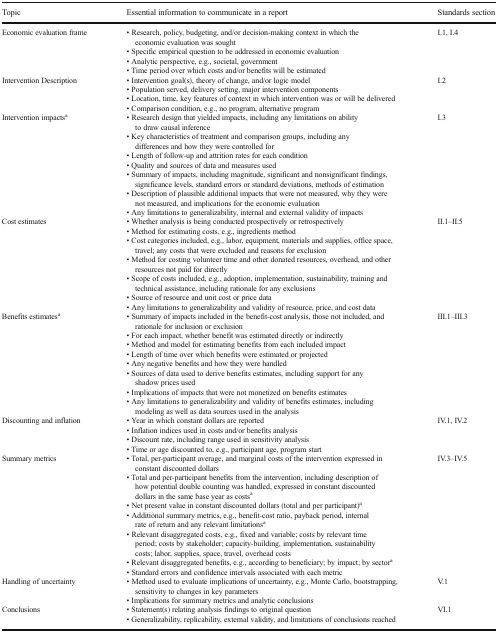
<table><thead><tr><td><b>Topic</b></td><td><b>Essential information to communicate in a report</b></td><td><b>Standards section</b></td></tr></thead><tbody><tr><td>Economic evaluation frame</td><td>• Research, policy, budgeting, and/or decision-making context in which the economic evaluation was sought• Specific empirical question to be addressed in economic evaluation• Analytic perspective, e.g., societal, government• Time period over which costs and/or benefits will be estimated</td><td>I.1, I.4</td></tr><tr><td>Intervention Description</td><td>• Intervention goal(s), theory of change, and/or logic model• Population served, delivery setting, major intervention components• Location, time, key features of context in which intervention was or will be delivered• Comparison condition, e.g., no program, alternative program</td><td>I.2</td></tr><tr><td>Intervention impacts<sup>a</sup></td><td>• Research design that yielded impacts, including any limitations on ability to draw causal inference• Key characteristics of treatment and comparison groups, including any differences and how they were controlled for• Length of follow-up and attrition rates for each condition• Quality and sources of data and measures used• Summary of impacts, including magnitude, significant and nonsignificant findings, significance levels, standard errors or standard deviations, methods of estimation• Description of plausible additional impacts that were not measured, why they were not measured, and implications for the economic evaluation• Any limitations to generalizability, internal and external validity of impacts</td><td>I.3</td></tr><tr><td>Cost estimates</td><td>• Whether analysis is being conducted prospectively or retrospectively• Method for estimating costs, e.g., ingredients method• Cost categories included, e.g., labor, equipment, materials and supplies, office space, travel; any costs that were excluded and reasons for exclusion• Method for costing volunteer time and other donated resources, overhead, and other resources not paid for directly• Scope of costs included, e.g., adoption, implementation, sustainability, training and technical assistance, including rationale for any exclusions• Source of resource and unit cost or price data• Any limitations to generalizability and validity of resource, price, and cost data</td><td>II.1–II.5</td></tr><tr><td>Benefits estimates<sup>a</sup></td><td>• Summary of impacts included in the benefit-cost analysis, those not included, and rationale for inclusion or exclusion• For each impact, whether benefit was estimated directly or indirectly• Method and model for estimating benefits from each included impact• Length of time over which benefits were estimated or projected• Any negative benefits and how they were handled• Sources of data used to derive benefits estimates, including support for any shadow prices used• Implications of impacts that were not monetized on benefits estimates• Any limitations to generalizability and validity of benefits estimates, including modeling as well as data sources used in the analysis</td><td>III.1–III.3</td></tr><tr><td>Discounting and inflation</td><td>• Year in which constant dollars are reported• Inflation indices used in costs and/or benefits analysis• Discount rate, including range used in sensitivity analysis• Time or age discounted to, e.g., participant age, program start</td><td>IV.1, IV.2</td></tr><tr><td>Summary metrics</td><td>• Total, per-participant average, and marginal costs of the intervention expressed in constant discounted dollars• Total and per-participant benefits from the intervention, including description of how potential double counting was handled, expressed in constant discounted dollars in the same base year as costs<sup>a</sup>• Net present value in constant discounted dollars (total and per participant)<sup>a</sup>• Additional summary metrics, e.g., benefit-cost ratio, payback period, internal rate of return and any relevant limitations<sup>a</sup>• Relevant disaggregated costs, e.g., fixed and variable; costs by relevant time period; costs by stakeholder; capacity-building, implementation, sustainability costs; labor, supplies, space, travel, overhead costs• Relevant disaggregated benefits, e.g., according to beneficiary; by impact; by sector<sup>a</sup>• Standard errors and confidence intervals associated with each metric</td><td>IV.3–IV.5</td></tr><tr><td>Handling of uncertainty</td><td>• Method used to evaluate implications of uncertainty, e.g., Monte Carlo, bootstrapping, sensitivity to changes in key parameters• Implications for summary metrics and analytic conclusions</td><td>V.1</td></tr><tr><td>Conclusions</td><td>• Statement(s) relating analysis findings to original question• Generalizability, replicability, external validity, and limitations of conclusions reached</td><td>VI.1</td></tr></tbody></table>